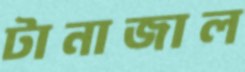
টানাজাল